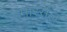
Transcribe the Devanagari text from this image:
मारसल